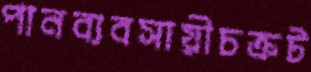
পানব্যবসায়ীচক্রট